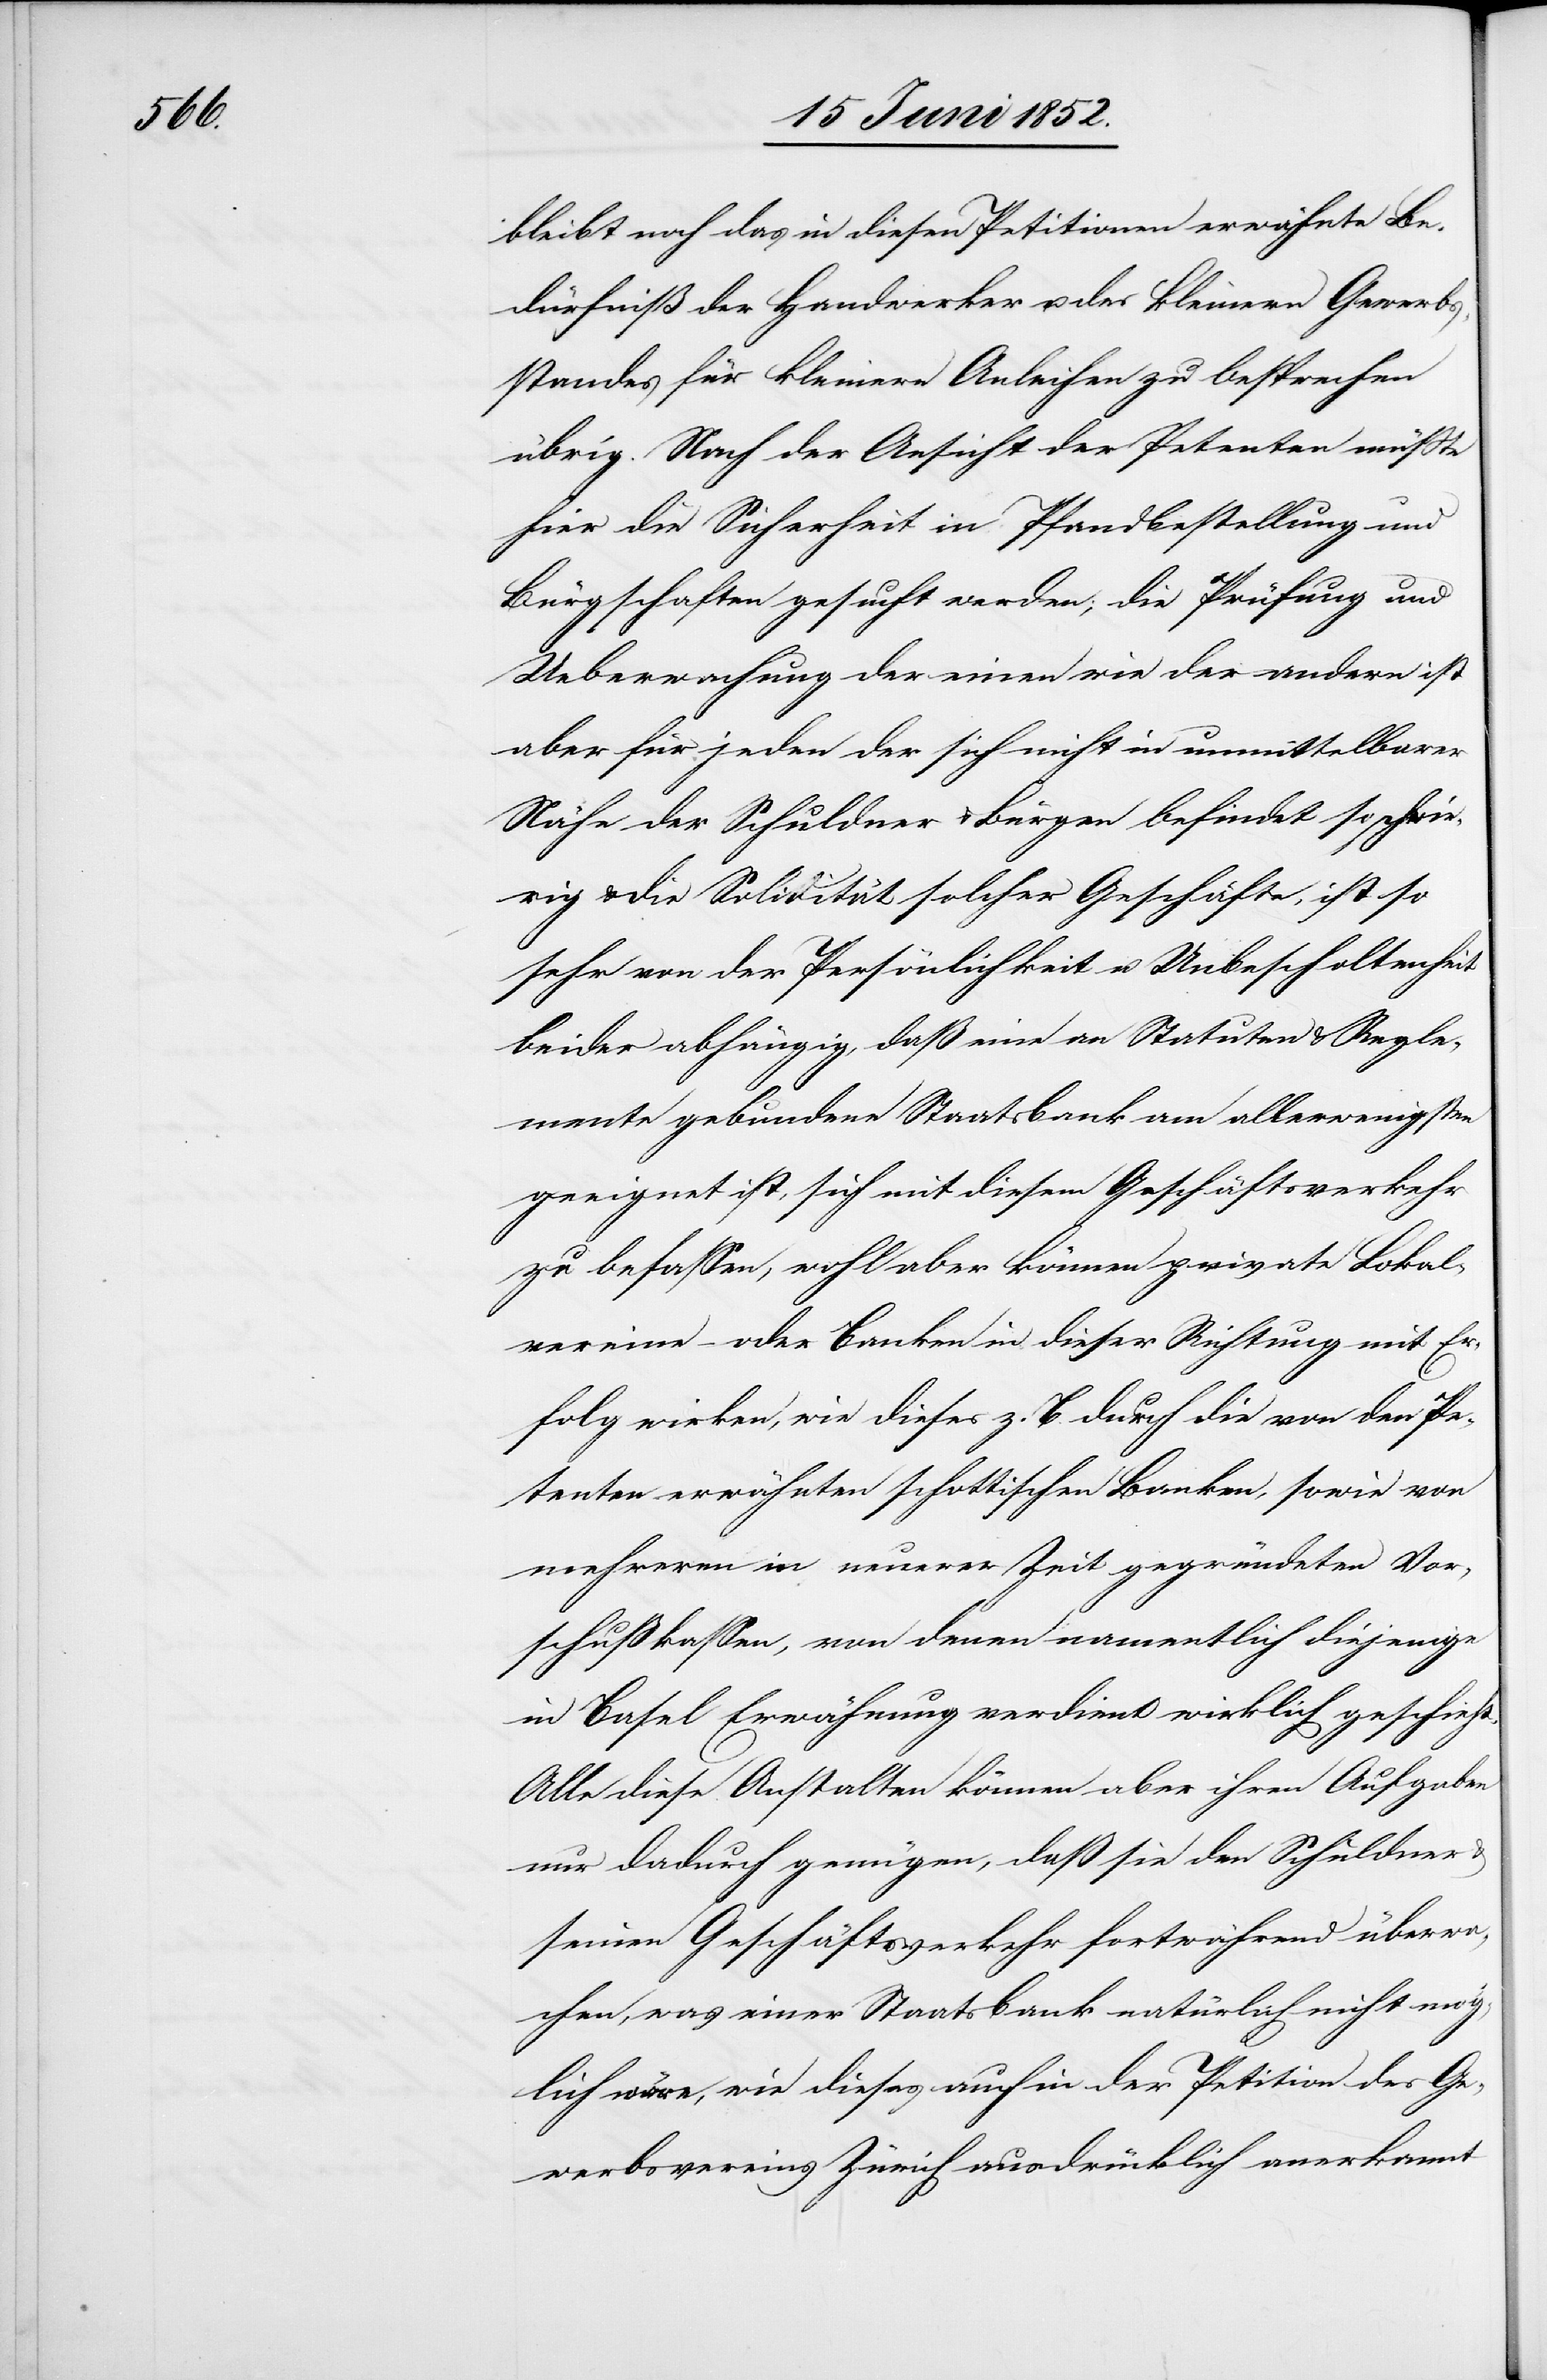
bleibt noch das in diesen Petitionen erwähnte Be¬
dürfniß der Handwerker u. des kleinern Gewerbs¬
standes für kleinere Anleihen zu besprechen
übrig. Nach der Ansicht der Petenten müsste
hier die Sicherheit in Pfandbestellung und
Bürgschaften gesucht werden; die Prüfung und
Ueberwachung der einen wie der andern ist
aber für jeden der sich nicht in unmittelbarer
Nähe der Schuldner & Bürgen befindet so schwie¬
rig & die Solidität solcher Geschäfte, ist so
sehr von der Persönlichkeit u. Unbescholtenheit
beider abhängig, daß eine an Statuten & Regle¬
mente gebundene Staatsbank am allerwenigsten
geeignet ist, sich mit diesem Geschäftsverkehr
zu befassen, wohl aber können private Lokal¬
vereine – oder Banken in dieser Richtung mit Er¬
folg wirken, wie dieses z. B. durch die von den Pe¬
tenten erwähnten schottischen Banken, sowie von
mehreren in neuerer Zeit gegründeten Vor¬
schußkassen, von denen namentlich diejenige
in Basel Erwähnung verdient wirklich geschieht.
Alle diese Anstalten können aber ihren Aufgaben
nur dadurch genügen, daß sie den Schuldner
seinen Geschäftsverkehr fortwährend überwa¬
chen, was einer Staatsbank natürlich nicht mög¬
lich wäre, wie dieses auch in der Petition des Ge¬
werbsvereins Zürich ausdrücklich anerkannt